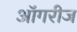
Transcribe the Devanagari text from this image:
ऑगरीज